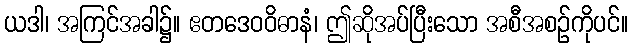
ယဒါ၊ အကြင်အခါ၌။ ဧတဒေဝဝိဓာနံ၊ ဤဆိုအပ်ပြီးသော အစီအစဉ်ကိုပင်။